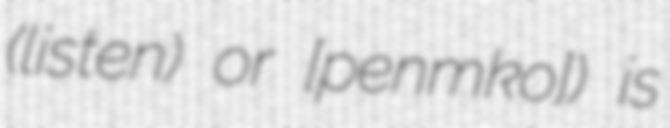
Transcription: (listen) or [ˌpenɐmɐˈkoɾ]) is